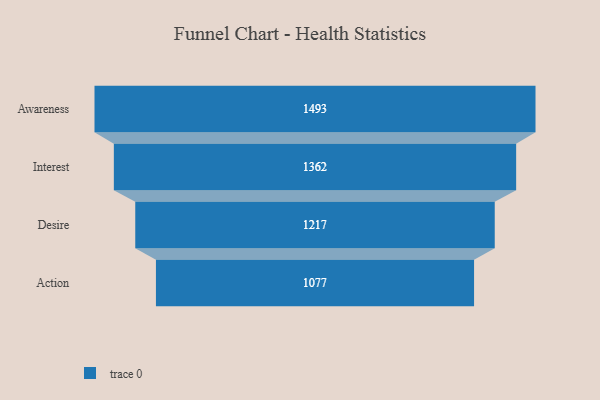
{"axis": {"x": "Stage", "y": "Value"}, "legend": [""], "data": [{"x": "Awareness", "y": 1493.0, "type": ""}, {"x": "Interest", "y": 1362.0, "type": ""}, {"x": "Desire", "y": 1217.0, "type": ""}, {"x": "Action", "y": 1077.0, "type": ""}]}